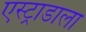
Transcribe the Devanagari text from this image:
एस्ट्राडाला